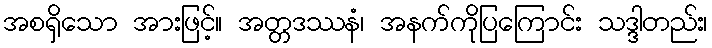
အစရှိသော အားဖြင့်။ အတ္တဒဿနံ၊ အနက်ကိုပြကြောင်း သဒ္ဒါတည်း၊